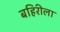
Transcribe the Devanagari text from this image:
बहिरीला